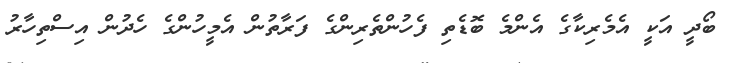
ބޯދީ އަކީ އެމެރިކާގެ އެންމެ ބޮޑެތި ފެހުންތެރިންގެ ފަރާތުން އެމީހުންގެ ހެދުން އިސްތިހާރު